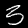
Label: 3